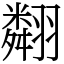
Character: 翷